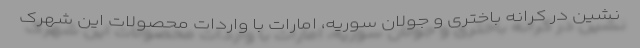
نشین در کرانه باختری و جولان سوریه، امارات با واردات محصولات این شهرک